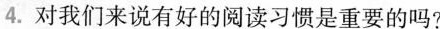
4.对我们来说有好的阅读习惯是重要的吗?